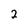
Character: 2